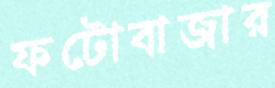
ফটোবাজার